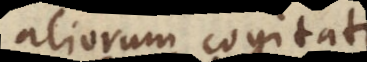
aliorum cogitata,